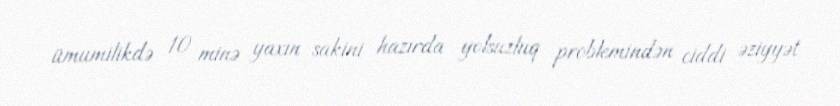
ümumilikdə 10 minə yaxın sakini hazırda yolsuzluq problemindən ciddi əziyyət